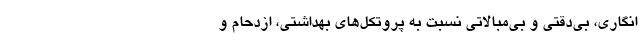
انگاری، بی‌دقتی و بی‌مبالاتی نسبت به پروتکل‌های بهداشتی، ازدحام و